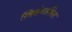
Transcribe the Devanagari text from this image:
सिल्डेनाफिल